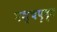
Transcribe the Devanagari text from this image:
पश्चपृष्ठ